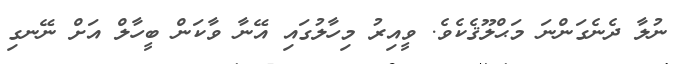
ނުލާ ދެނެގަންނަ މަޙްލޫޤެކެވެ. ވީއިރު މިހާލުގައި އޭނާ ވާކަން ބީހާލް އަށް ނޭނގި